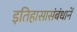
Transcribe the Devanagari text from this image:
इतिहासासंबंधानें